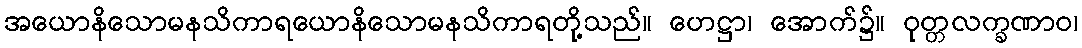
အယောနိသောမနသိကာရယောနိသောမနသိကာရတို့သည်။ ဟေဋ္ဌာ၊ အောက်၌။ ဝုတ္တလက္ခဏာဝ၊